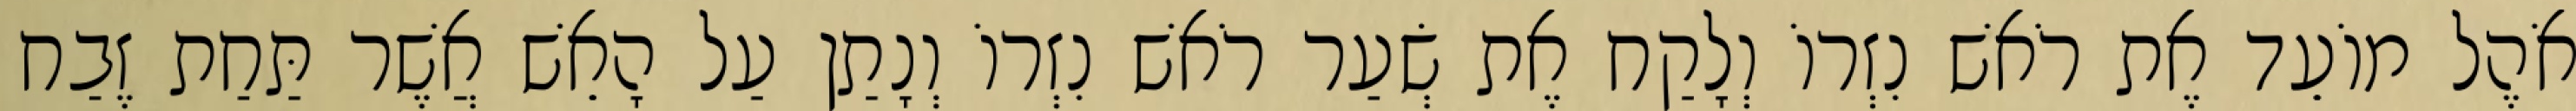
אֹהֶל מוֹעֵד אֶת רֹאשׁ נִזְרוֹ וְלָקַח אֶת שְׂעַר רֹאשׁ נִזְרוֹ וְנָתַן עַל הָאֵשׁ אֲשֶׁר תַּחַת זֶבַח